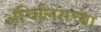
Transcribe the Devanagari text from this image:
ॲचिलिसच्या